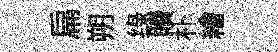
扁朔绿贖朴繪